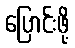
ပြောင်းဖို့